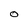
Character: O